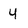
Character: 4